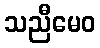
သညီမေဝ